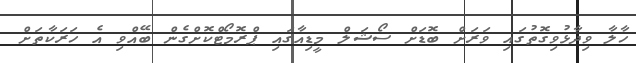
ހާލާ ވިދާޅުވިގޮތުގައި ވަރަށް ބޮޑަށް ސޯޝަލް މީޑިއާގައި ޕްރޮމޯޓްކޮށްގެން ބޭއްވި އެ ހަރަކާތަށް